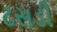
ઢસડી